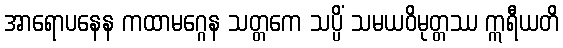
အာရောပနေန ကထာမဂ္ဂေန သတ္တကေ သပ္ပိံ သမယဝိမုတ္တဿ ဣရီယတိ